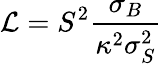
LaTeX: \mathcal{L}=S^{2}\frac{\sigma_{B}}{\kappa^{2}\sigma_{S}^{2}}